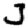
Digit: 3